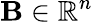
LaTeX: \mathbf{B}\in\mathbb{R}^{n}